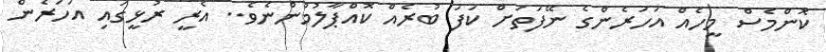
ކޮންމެސް މީހެއް އަހަރެންގެ ނޭފަތަށް ކަފަ ބުރެއް ކޮއްޕާލުމުންނެވެ.. އެރީ ރުޅީގައި އަހަރެން